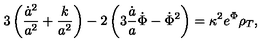
3 \left( \frac { \dot { a } ^ { 2 } } { a ^ { 2 } } + \frac { k } { a ^ { 2 } } \right) - 2 \left( 3 \frac { \dot { a } } { a } \dot { \Phi } - \dot { \Phi } ^ { 2 } \right) = \kappa ^ { 2 } e ^ { \Phi } \rho _ { T } ,